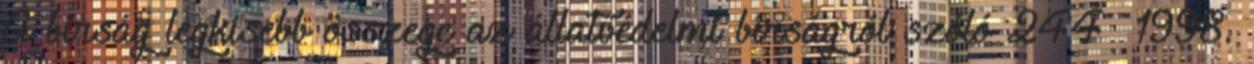
A bírság legkisebb összege az állatvédelmi bírságról szóló 244 1998.